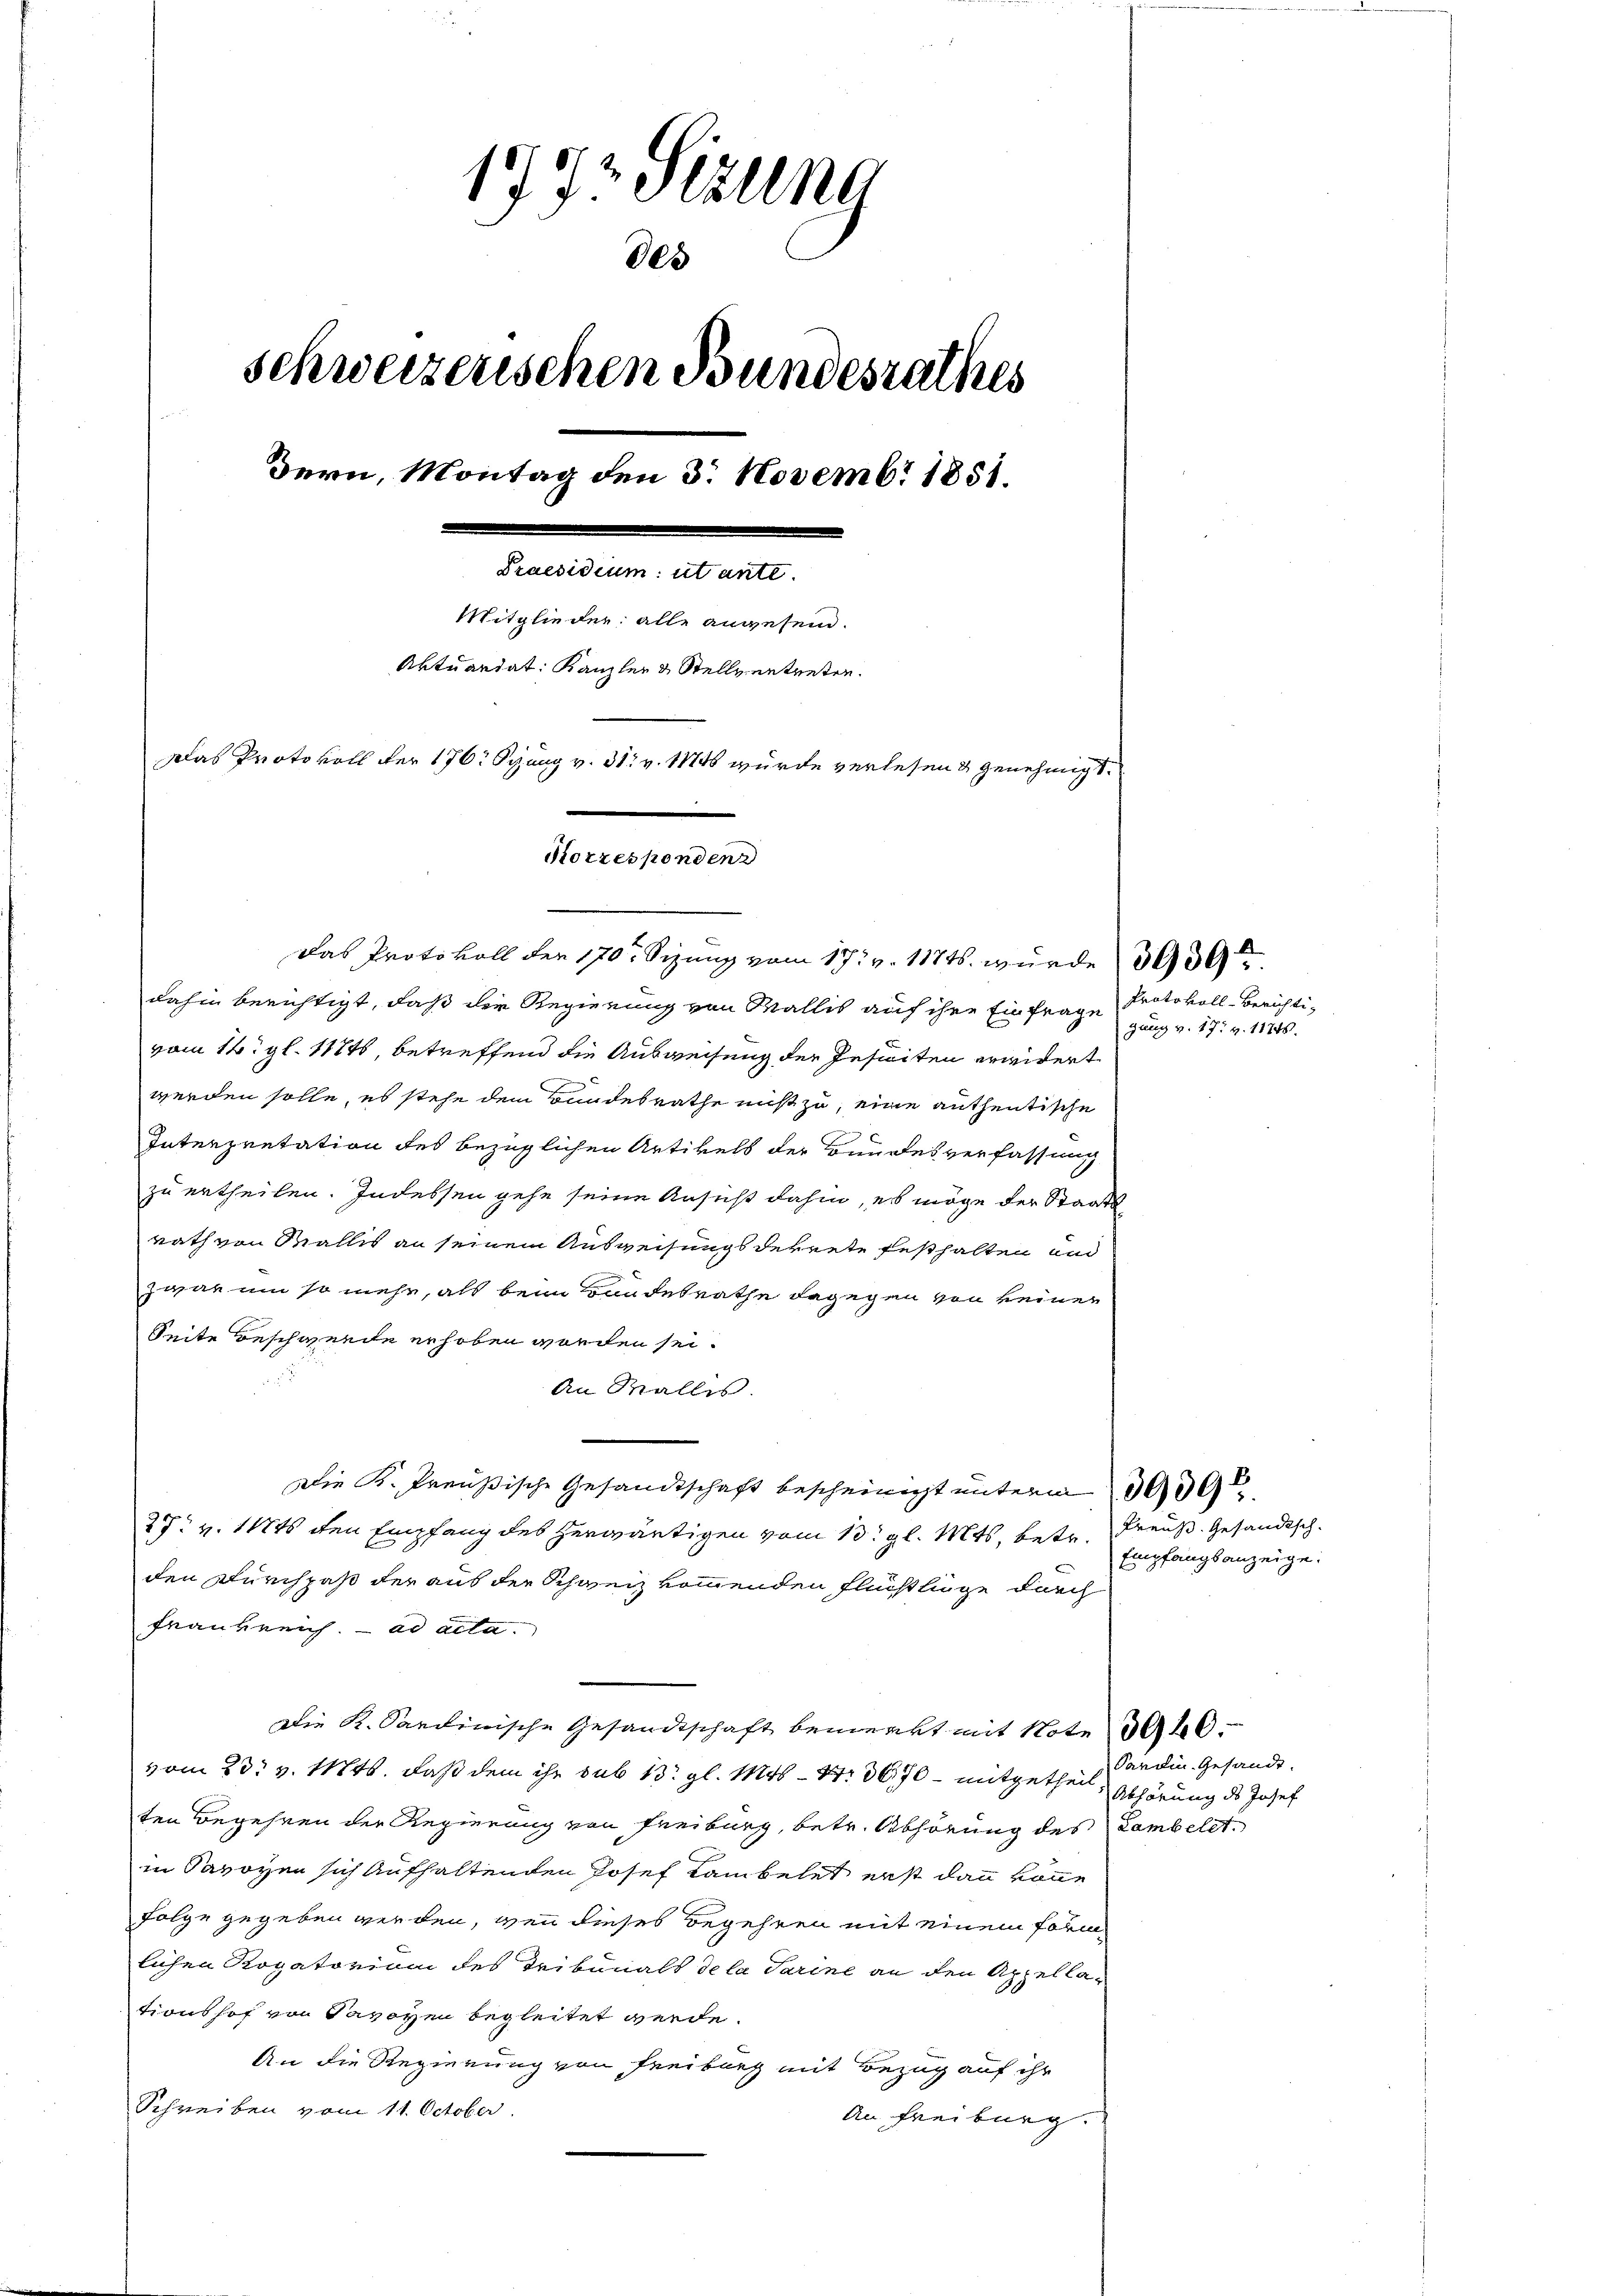
173 Stzung
888
schweizerischen Bundesrathes
Dern, Montag den 3. Novembr 1851.
Praesidium ut ante.
Mitglieder alle angesen.
Aktuandat: Kanzler & Stellvertreten.
Das Protokoll der 176. Spung v. 31. v. 1874 wurde verlesen & genehmigt.
Korresponden

Das Protokoll der 170. Sizung vom 17t v. 117 s. wurde 3000
dahin berichtigt, daß der Regierung von Wallis auf ihre Einfrage Protokoll-Berichtivom 16. gl. 112t, betreffend die Ausweisung der Geseiten erwidert
werden solle, es stehe dem Bundesrathe nicht zu, eine authentische
Interpretation des bezüglichen Artikels der Bundesverfassung
zu ertheilen. Indessen gehe seine Ansicht dahin, es möge der Staats
rath von Wallis an seinem Ausweisungsdekrete festhalten und
zwar um so mehr, als beim Bandesrathe dagegen von keiner
Seite Beschwerde erhoben worden sei.
An Wallis.
Die K. Preußische Gesandtschaft bescheinigt unterm 3000
27. v. 1846 den Empfang des herwärtigen vom 13. gl. Mts. betr. Preuß. Gesandtschden Durchpaß der aus der Schweiz kommenden Flüchtlinge durch
Frankreich. ad acta.
Die K. Sardinische Gesandtschaft bemerkt mit Note Abvom 23. v. Mts. daß dem ihr sub 13. gl. Mts. - N: 36,70 – mitgetheil, Abhörung des Josef
ten Begehren der Regierung von Freiburg, betr. Abhörung des Lambelet
in Savoyen sich aufhaltenden Josef Rambelet erst dann könne
Folge gegeben werden, wenn dieses Begehren mit einem Form
lichen Rogatorium des Tribunals de la Parine an den Appellationshof von Savoyen begleitet werde.
An die Regierung von Freiburg mit Bezug auf ihr
Schreiben vom 11. October.
An Freiburg.

gung v. 17. v. 11748.

Empfangsanzeige:

Sardin Gesandt.